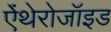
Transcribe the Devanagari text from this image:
ऐंथेरोजॉइड